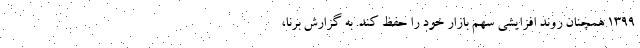
۱۳۹۹ همچنان روند افزایشی سهم بازار خود را حفظ کند. به گزارش برنا،